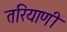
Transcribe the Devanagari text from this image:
तरियाणी